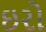
ઇરો